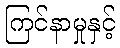
ကြင်နာမှုနှင့်